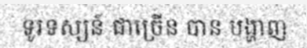
ទូរទស្សន៍ ជាច្រើន បាន បង្ហាញ